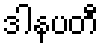
ဒါနပတီ